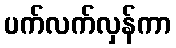
ပက်လက်လှန်ကာ